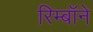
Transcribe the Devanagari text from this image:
रिम्बॉने